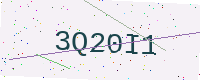
Text: 3Q20I1